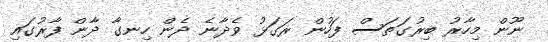
ނޫން މިހާރު ބިރުގަތަސް ފަހުން ރަގަޅު ވެދާނެ ދެން ހިނގާ ދާން ފާރުގައި